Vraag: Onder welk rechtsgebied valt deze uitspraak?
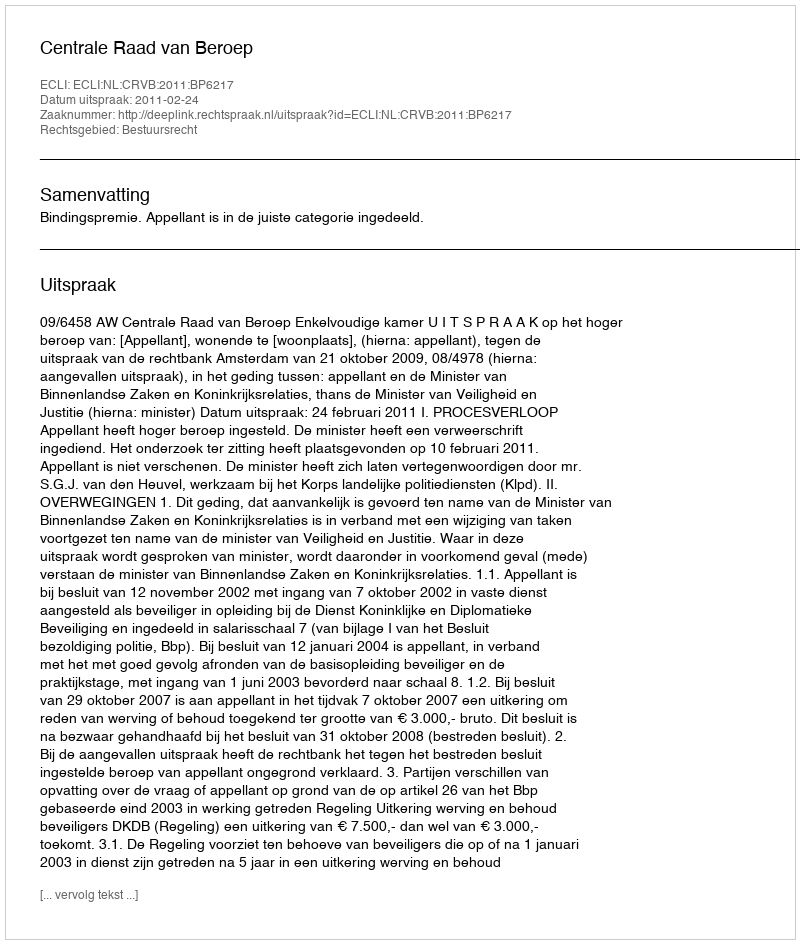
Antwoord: Bestuursrecht